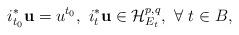
LaTeX: \begin{align*}i_{t_0}^* \mathbf u=u^{t_0}, \ i_t^*\mathbf u \in \mathcal H_{E_t}^{p,q}, \ \forall \ t\in B, \end{align*}